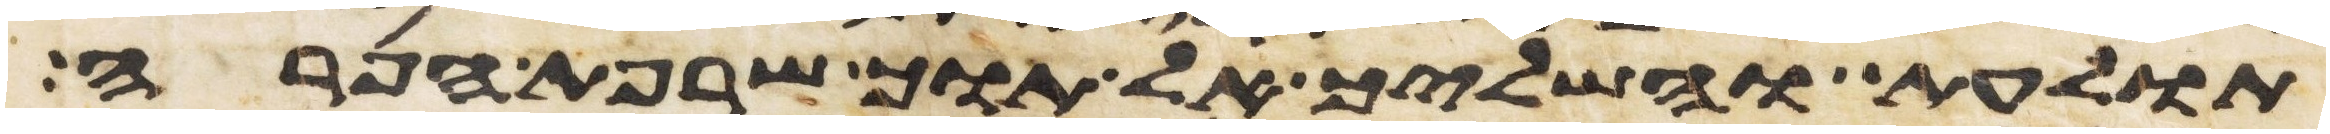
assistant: תולעת והשליך אל תוך שרפת הפרה